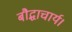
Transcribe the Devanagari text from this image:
बौद्धाचार्य।